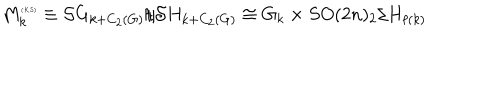
M _ { k } ^ { \tiny ( K S ) } \equiv { \cal S } G _ { k + C _ { 2 } ( G ) } / { \cal S } H _ { k + C _ { 2 } ( G ) } \cong G _ { k } \times S O ( 2 n ) _ { 2 } / H _ { \ell ( k ) }